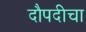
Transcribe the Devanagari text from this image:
दौपदीचा